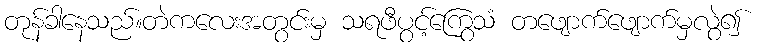
တုန်ခါနေသည်။တဲကလေးအတွင်းမှ သရဖီပွင့်ကြွေသံ တဖျောက်ဖျောက်မှလွဲ၍